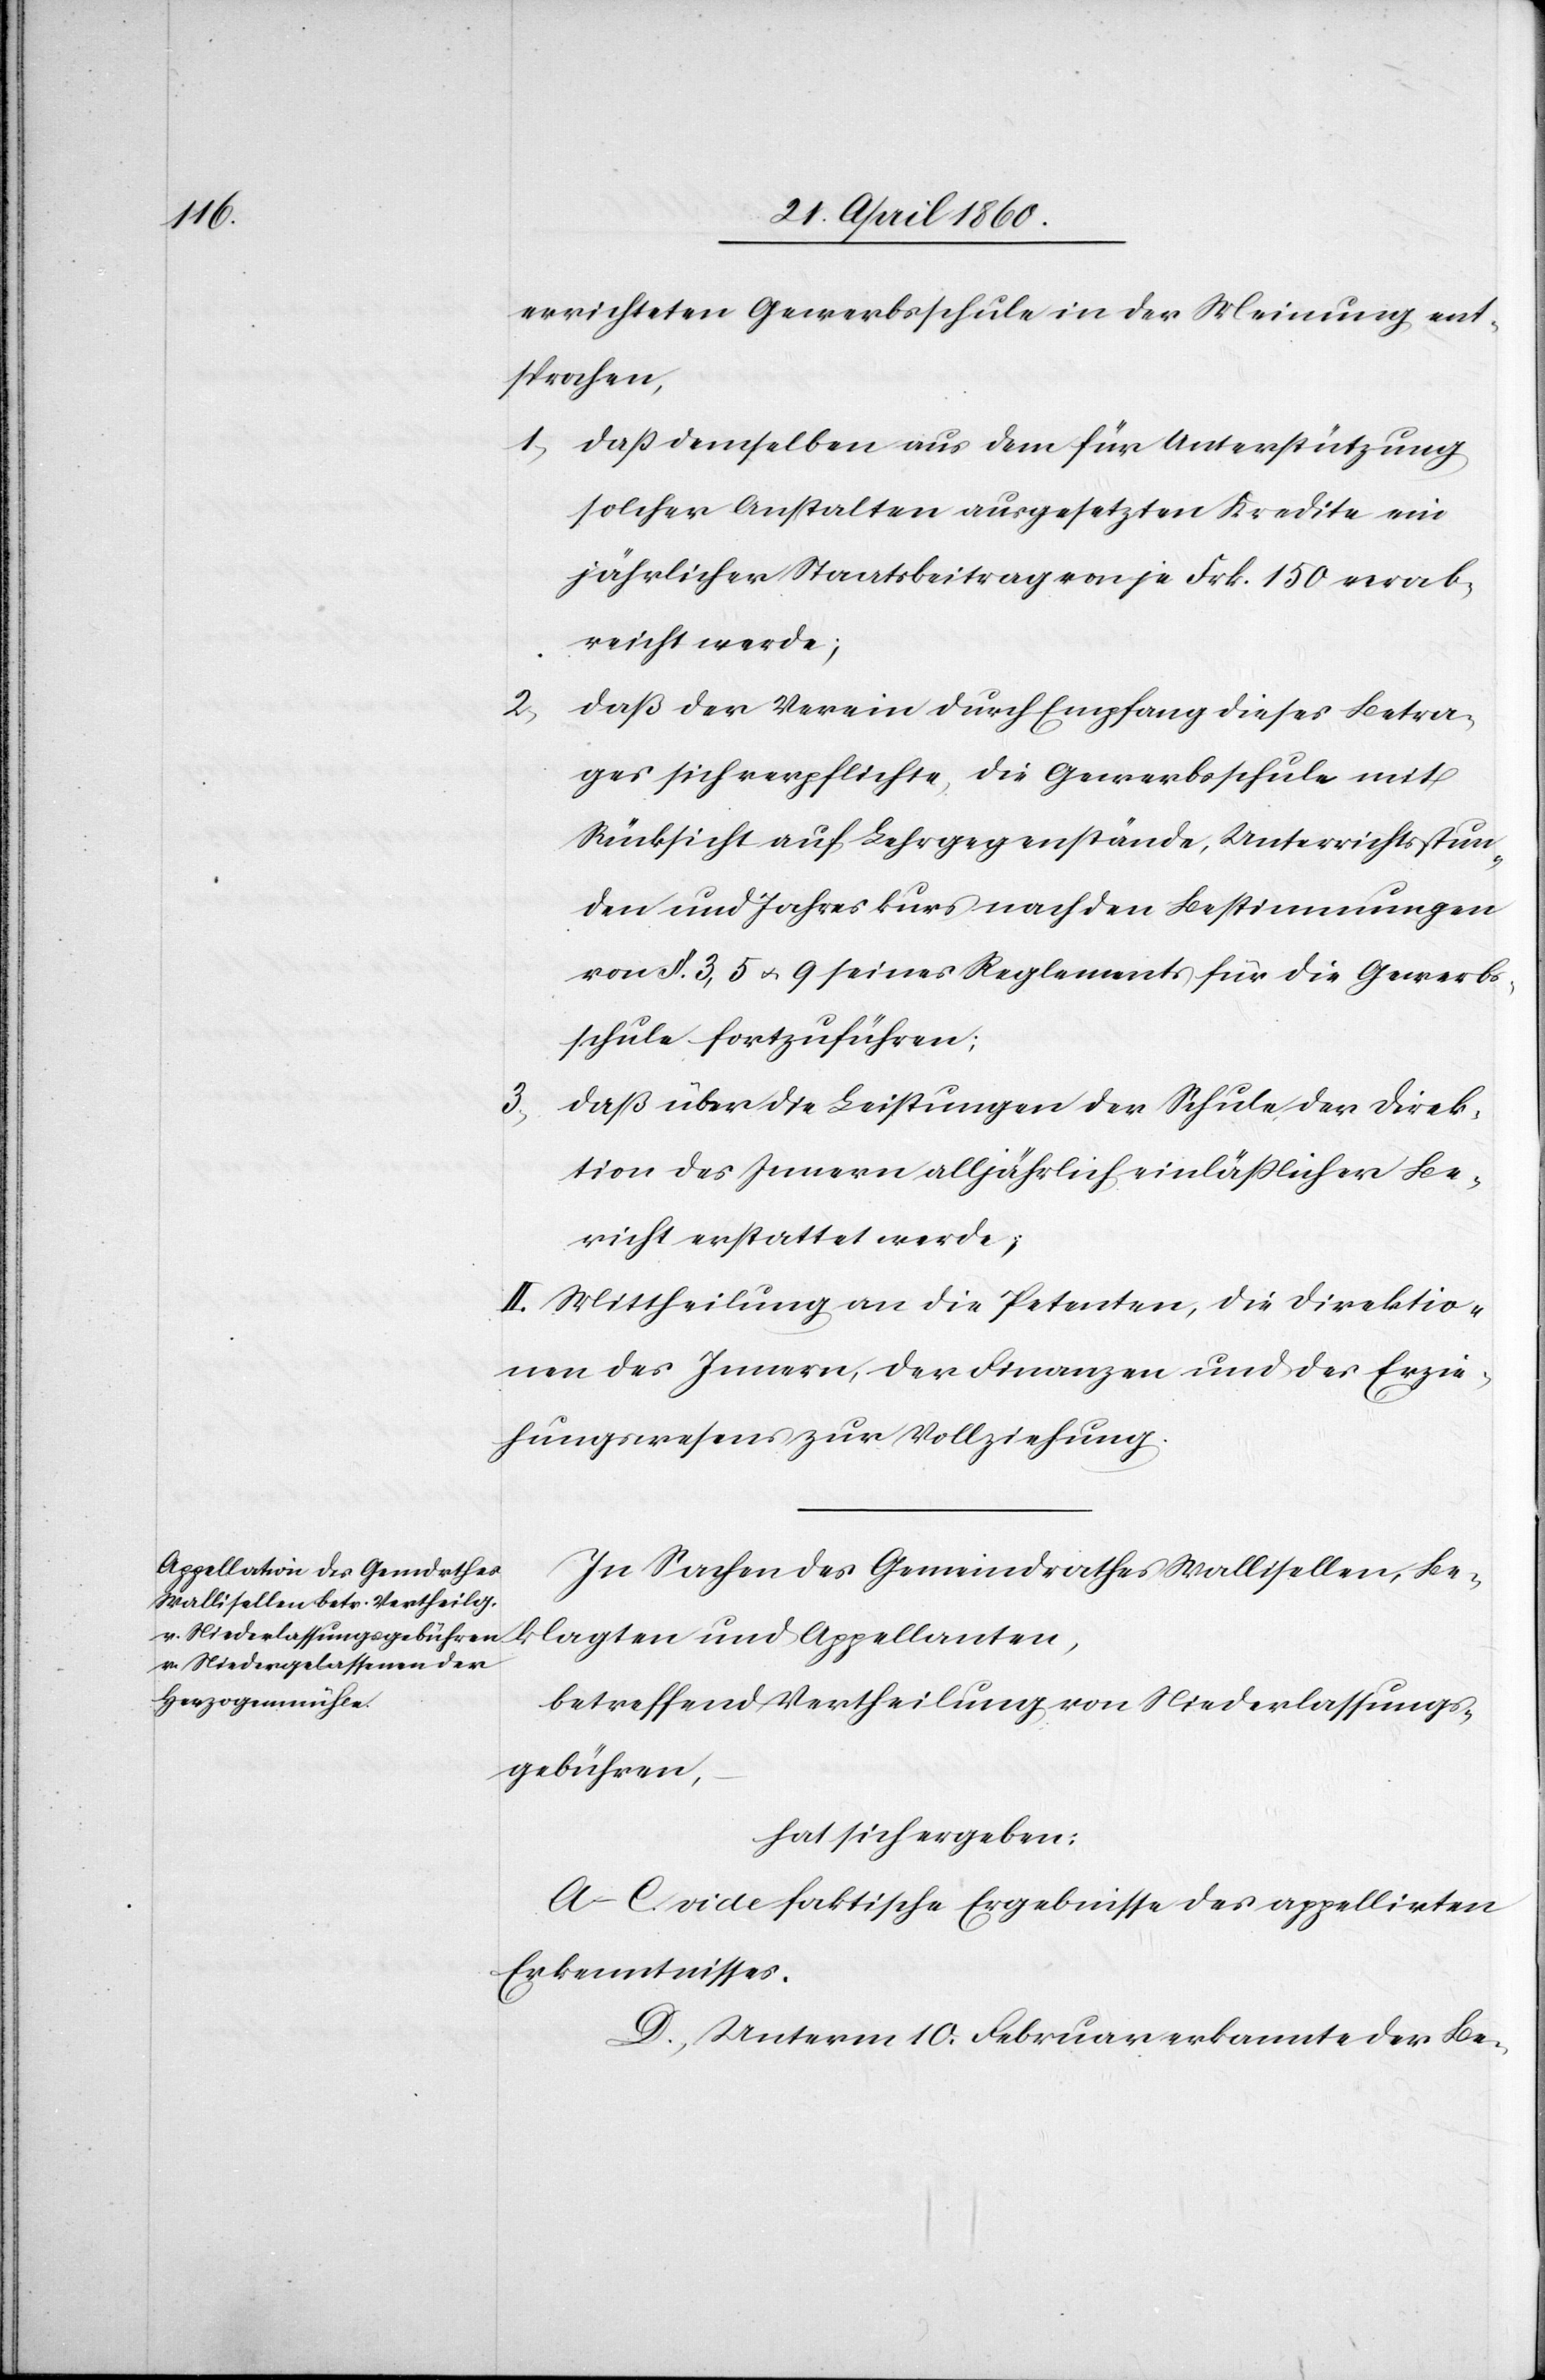
klagten

errichteten Gewerbsschule in der Meinung ent¬
sprochen,
1. dass demselben aus dem für Unterstützung
solcher Anstalten ausgesetzten Kredite ein
jährlicher Staatsbeitrag von je Frk. 150 verab¬
reicht werde;
2.
dass der Verein durch Empfang dieses Betra¬
ges sich verpflichte, die Gewerbsschule mit
Rücksicht auf Lehrgegenstände, Unterrichtsstun¬
den und Jahreskurs nach den Bestimmungen
von §. 3, 5 u. 9 seines Reglements für die Gewerbs¬
schule fortzuführen;
3.
dass über die Leistungen der Schule der Direk¬
tion des Innern alljährlich einläßlicher Be¬
richt erstattet werde.
II. Mittheilung an die Petenten, die Direktio¬
nen des Innern, der Finanzen und des Erzie¬
hungswesens zur Vollziehung.
In Sachen des Gemeindrathes Wallisellen, Be¬
betreffend Vertheilung von Niederlassungs¬
gebühren,
hat sich ergeben:
A–C. faktische Ergebnisse des appellirten
Erkenntnisses.
D. Unterm 10. Februar erkannte der Be-